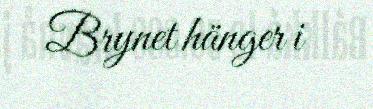
Brynet hänger i